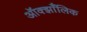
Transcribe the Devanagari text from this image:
ऑक्झाँलिक